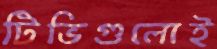
টিভিগুলোই